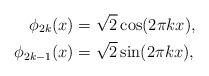
LaTeX: \begin{align*}\phi_{2k}(x) & = \sqrt 2 \cos(2\pi k x),\\\phi_{2k-1}(x) & = \sqrt 2 \sin(2\pi k x),\end{align*}